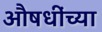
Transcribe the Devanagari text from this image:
औषधींच्या